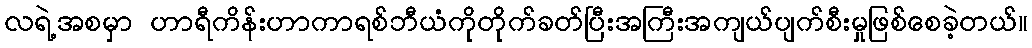
လရဲ့အစမှာ ဟာရီကိန်းဟာကာရစ်ဘီယံကိုတိုက်ခတ်ပြီးအကြီးအကျယ်ပျက်စီးမှုဖြစ်စေခဲ့တယ်။